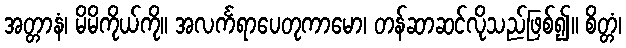
အတ္တာနံ၊ မိမိကိုယ်ကို။ အလင်္ကရာပေတုကာမော၊ တန်ဆာဆင်လိုသည်ဖြစ်၍။ စိတ္တံ၊